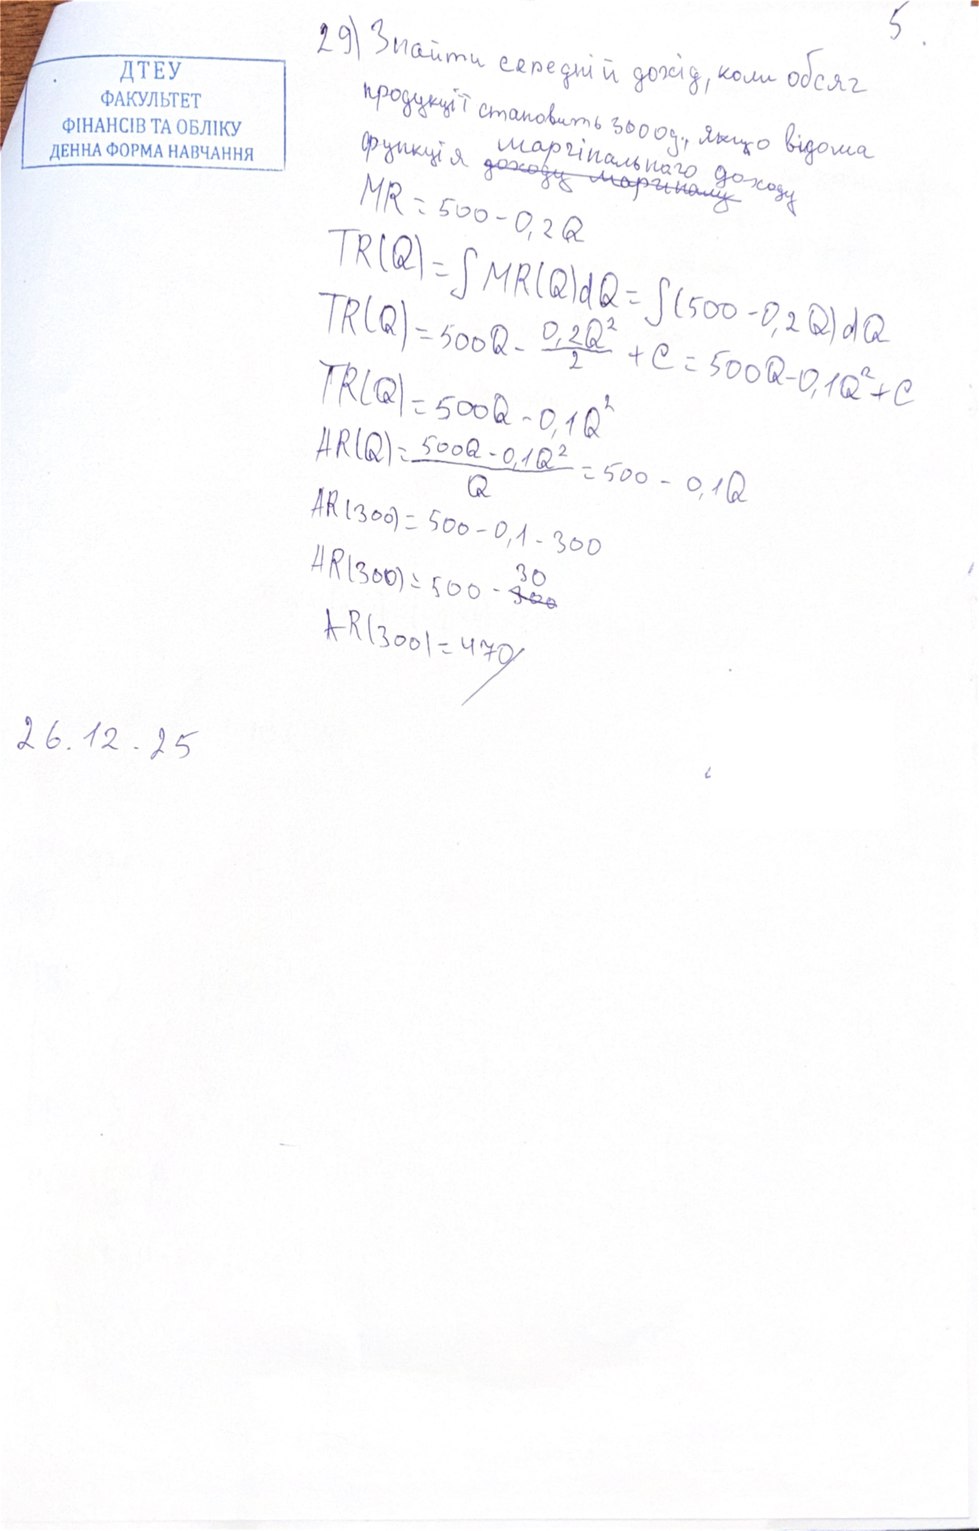
29) Знайти середній дохід, коли обсяг
5
продукції становить 3000 од., якщо відома
функція ~~доходу маргіналу~~ маргінального доходу
MR = 500 - 0,2Q
TR(Q) = ∫ MR(Q) dQ = ∫ (500 - 0,2 Q) dQ
TR(Q) = ∫ MR(Q) dQ = ∫ 500 - 0,2 Q2/2+С=500Q-0,1Q2+С
TR(Q) = 500Q - 0,1Q^2
AR(Q) = (500Q - 0,1Q^2) / Q = 500 - 0,1Q
AR(300) = 500-0,1-300
HR(300) = 500 - ~~300~~30
AR(300) = 470
26.12.25